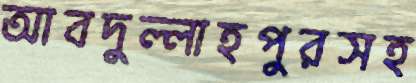
আবদুল্লাহপুরসহ